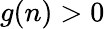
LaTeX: g(n)>0